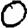
Digit: 0